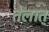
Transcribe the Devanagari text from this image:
तेलात्